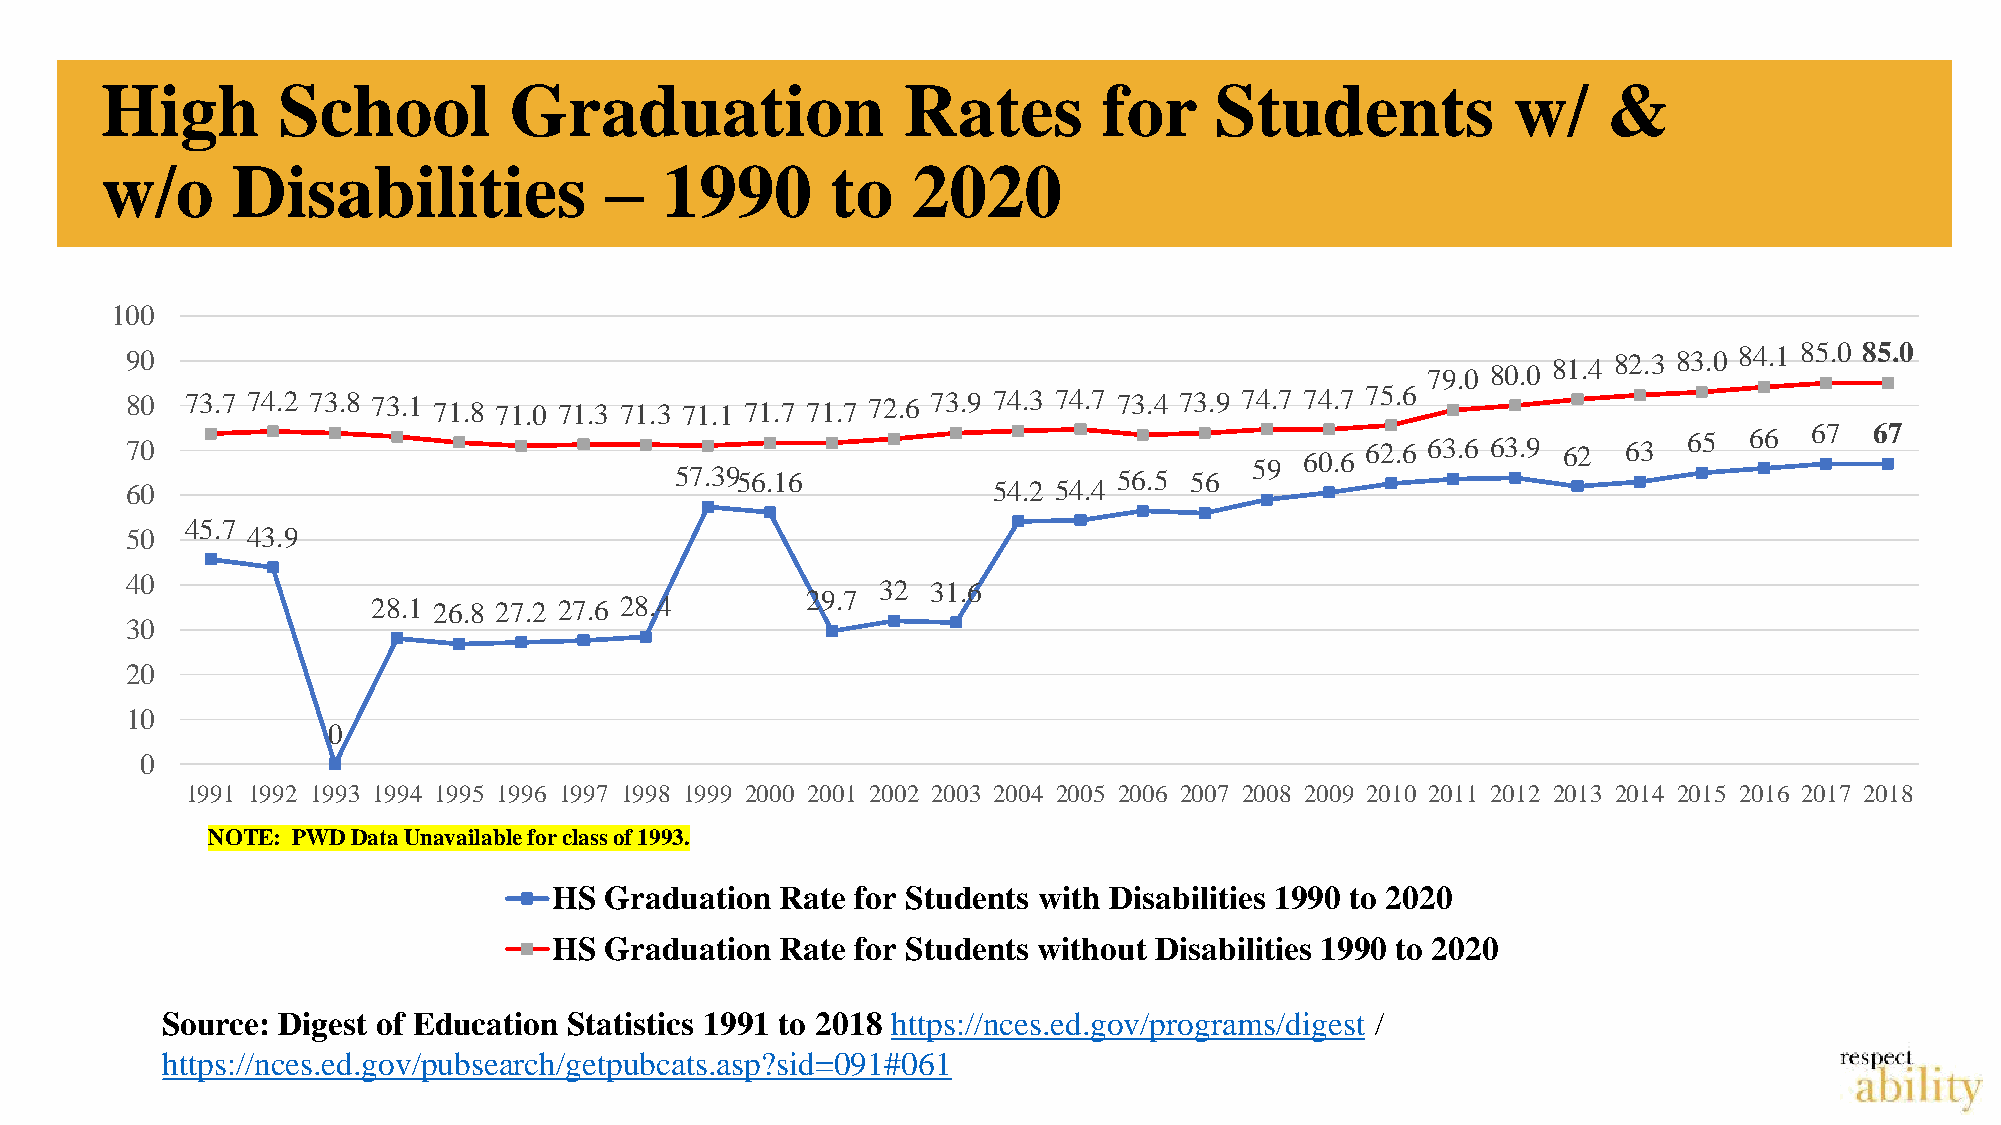
High       School          Graduation                Rates        for    Students            w/    &
 w/o     Disabilities             –   1990       to   2020
 100
 90                                                                                    79.0 80.0 81.4 82.3 83.0 84.1 85.0 85.0
 80  73.7 74.2 73.8 73.1 71.8 71.0 71.3 71.3 71.1 71.7 71.7 72.6 73.9 74.3 74.7 73.4 73.9 74.7 74.7 75.6
 70                                                                                62.6 63.6 63.9 62 63  65  66  67  67
 60.6
 59
 57.3956.16                   56.5 56
 60                                                        54.2 54.4
 45.7
 50      43.9
 40                                                32  31.6
 28.1 26.8 27.2 27.6 28.4    29.7
 30
 20
 10
 0
 0
 1991 1992 1993 1994 1995 1996 1997 1998 1999 2000 2001 2002 2003 2004 2005 2006 2007 2008 2009 2010 2011 2012 2013 2014 2015 2016 2017 2018
 NOTE: PWD Data Unavailable for class of 1993.
 HS Graduation  Rate for Students with Disabilities 1990 to 2020
 HS Graduation  Rate for Students without Disabilities 1990 to 2020
 Source: Digest of Education Statistics 1991 to 2018 https://nces.ed.gov/programs/digest /
 https://nces.ed.gov/pubsearch/getpubcats.asp?sid=091#061